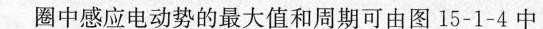
圈中感应电动势的最大值和周期可由图15-1-4中